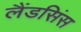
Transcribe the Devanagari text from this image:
लैंडसिंस